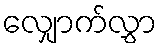
လျှောက်လွှာ